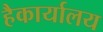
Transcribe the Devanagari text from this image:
हैकार्यालय